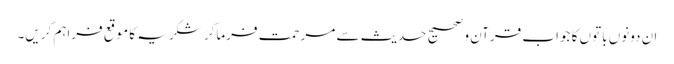
ان دونوں باتوں کا جواب قرآن و صحیح حدیث سے مرحمت فرماکر شکریہ کا موقع فراہم کریں۔